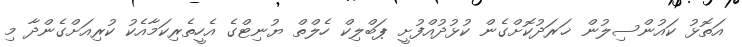
އަތޮޅު ކައުންސިލުން ޚަރަދުކޮށްގެން ކުޅުދުއްފުށީ ޕަބްލިކް ހެލްތް ޔުނިޓްގެ އެހީތެރިކަމާއެކު ކުރިއަށްގެންދާ މި